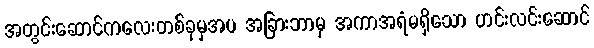
အတွင်းဆောင်ကလေးတစ်ခုမှအပ အခြားဘာမှ အကာအရံမရှိသော ဟင်းလင်းဆောင်